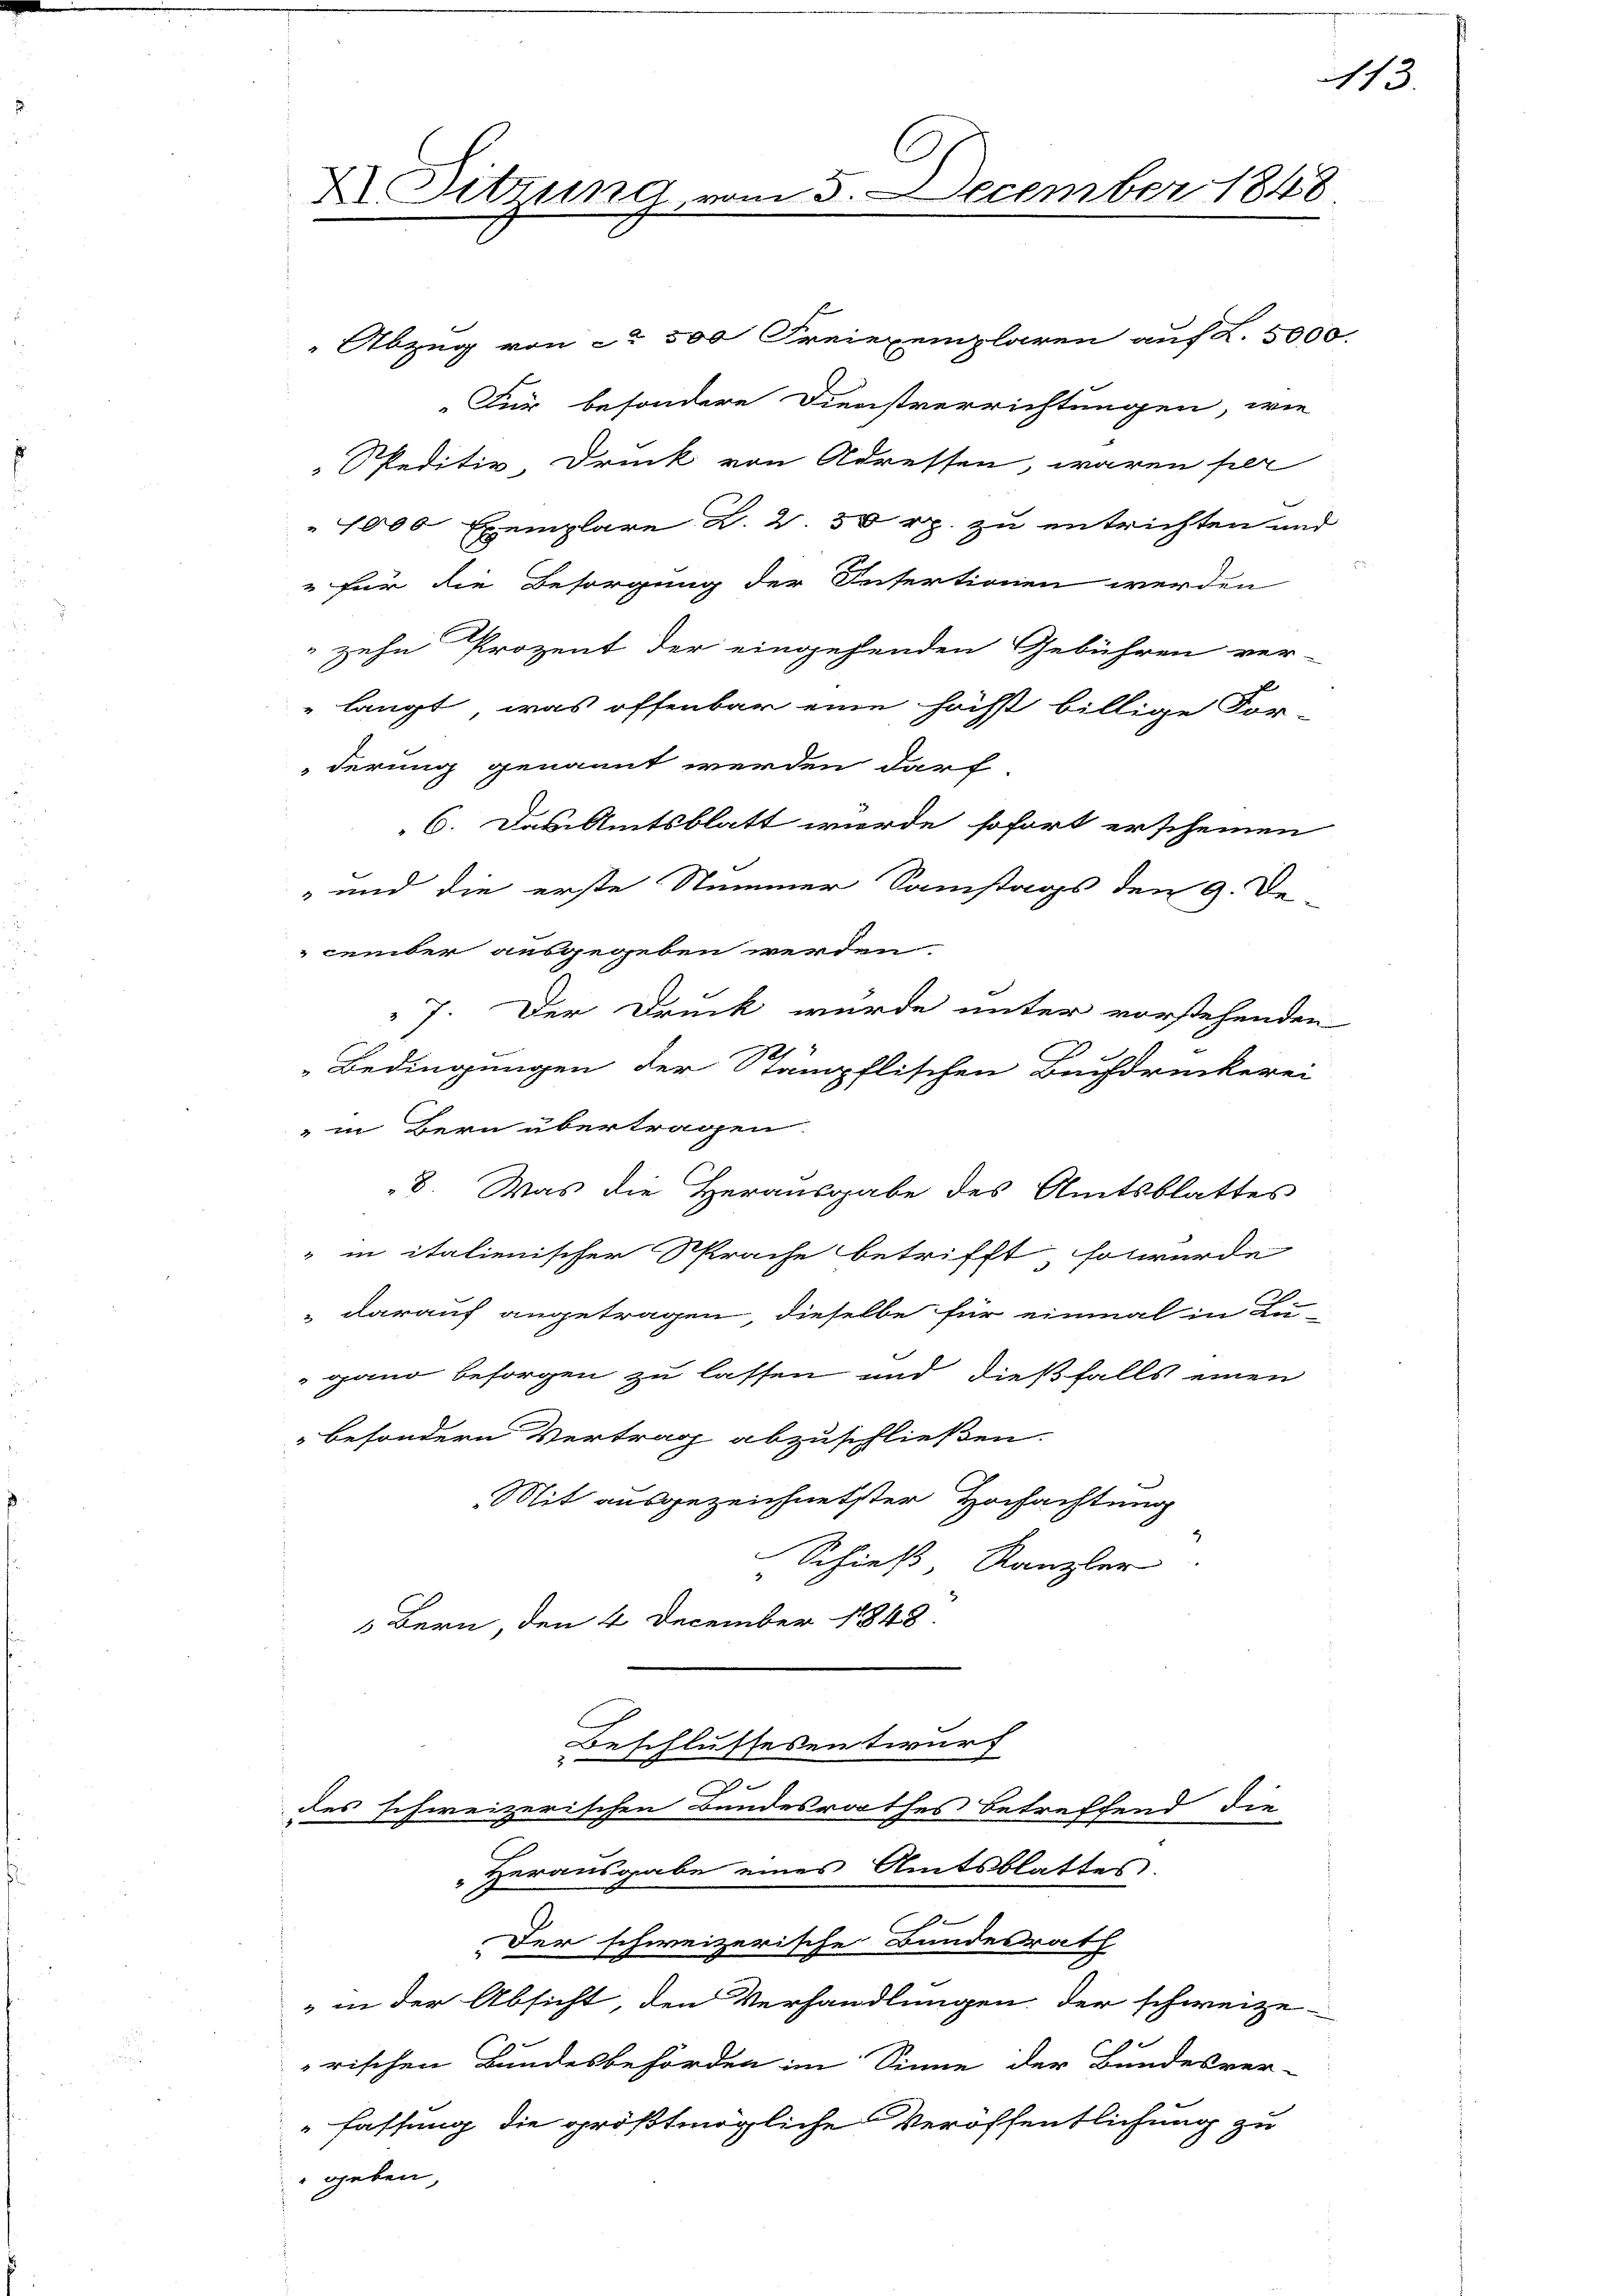
X Sitzung u

Für besondere Dienstverrichtungen, wie
Speditiv-Druck von Adressen, waren per
" 1000 Exemplare Z. 2 50 rp. zu entrichten und
" für die Besorgung der Intertionen werden
zehn Prozent der eingehenden Gebühren ver-
 langt, was offenbar eine höchst billige For-
derung genannt werden darf.
6. Das Amtsblatt wurde sofort erscheinen
 und die erste Stummer Samstags den 9. De-
cember ausgegeben werden.
7. Der Druck wurde unter vorstehenden
221
Bedingungen der Stampflischen Buchdruckerei
" in Bern übertragen.
8. Was die Herausgabe des Amtsblattes
" in italienischer Sprache betrifft, so würde
" darauf angetragen, dieselbe für einmal in Lu-
gano besorgen zu lassen und dießfalls einen
besondern Vertrag abzuschließen.
Mit ausgezeichnetster Hochachtung
Schieß Kanzler
2
 Bern, den 4 December 1848
Beschlussesentwurf
|
des schweizerischen Bundesrathes betreffend die
Herausgabe eines Amtsblattes.
e
Der schweizerische Bundesrath
 in der Absicht, den Verhandlungen der schweize-
u
rischen Bundesbehörden im Sinne der Bundesver-
fassung die größtmögliche Veröffentlichung zu
geben,

25. December 1848
 Abzug von ca 500 Freiexemplaren auf L. 5000.

113.